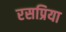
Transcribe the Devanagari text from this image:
रसप्रिया